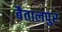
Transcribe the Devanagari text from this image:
बैतालपुर